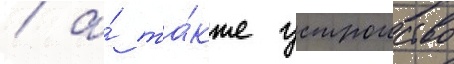
/ а́ та́кже устроиство